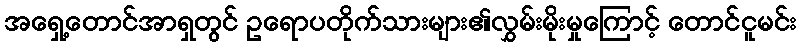
အရှေ့တောင်အာရှတွင် ဥရောပတိုက်သားများ၏လွှမ်းမိုးမှုကြောင့် တောင်ငူမင်း